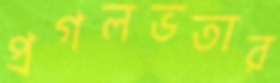
প্রগলভতার